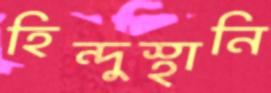
হিন্দুস্থানি